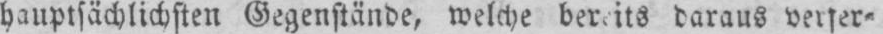
daraus verfer⸗